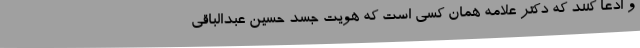
و ادعا کنند که ‌دکتر علامه همان کسی است که هویت جسد حسین عبدالباقی